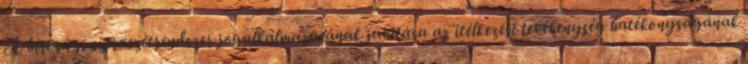
A bírósági szervezetrendszer jogalkalmazásának javítása az ítélkezési tevékenység hatékonyságának